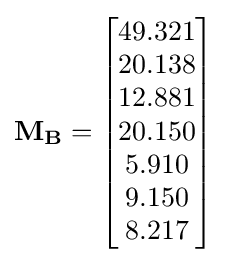
\mathbf {M_{B}} ={\begin{bmatrix}49.321\\20.138\\12.881\\20.150\\5.910\\9.150\\8.217\end{bmatrix}}